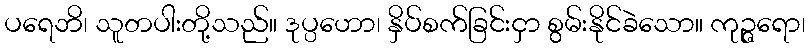
ပရေဘိ၊ သူတပါးတို့သည်။ ဒုပ္ပဟော၊ နှိပ်စက်ခြင်းငှာ စွမ်းနိုင်ခဲသော။ ကုဉ္ဇရော၊